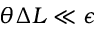
\theta \Delta L \ll \epsilon